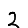
Digit: 2